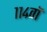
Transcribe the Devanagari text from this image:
११४वॉ